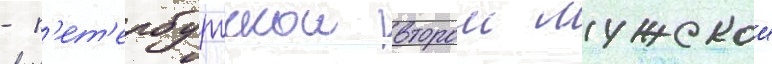
- п'ет'ербургскои второи мужскои